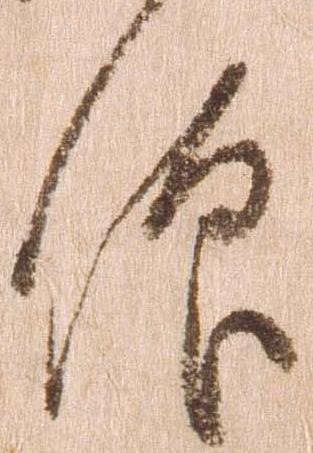
仰